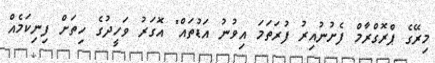
މިރޭގެ ޕްރޮގްރާމް ފެށުނުއިރު ފުރަތަމަ އިވުނު އަޑުތައް" އޮގަރު ވަހީދުގެ ހިތަށް ފިނިކަމެއް